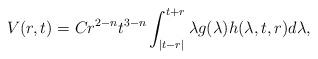
LaTeX: \begin{align*}V(r,t)=Cr^{2-n}t^{3-n}\int_{|t-r|}^{t+r}\lambda g(\lambda)h(\lambda,t,r)d\lambda,\end{align*}